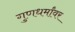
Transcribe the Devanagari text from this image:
गुणधर्मांवर